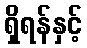
ရှိရန်နှင့်